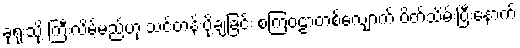
ခုံရုံးသို့ ကြီးလိမ့်မည်ဟု သင်တန်းပို့ချခြင်း စကြဝဠာတစ်လျှောက် ပိတ်သိမ်းပြီးနောက်